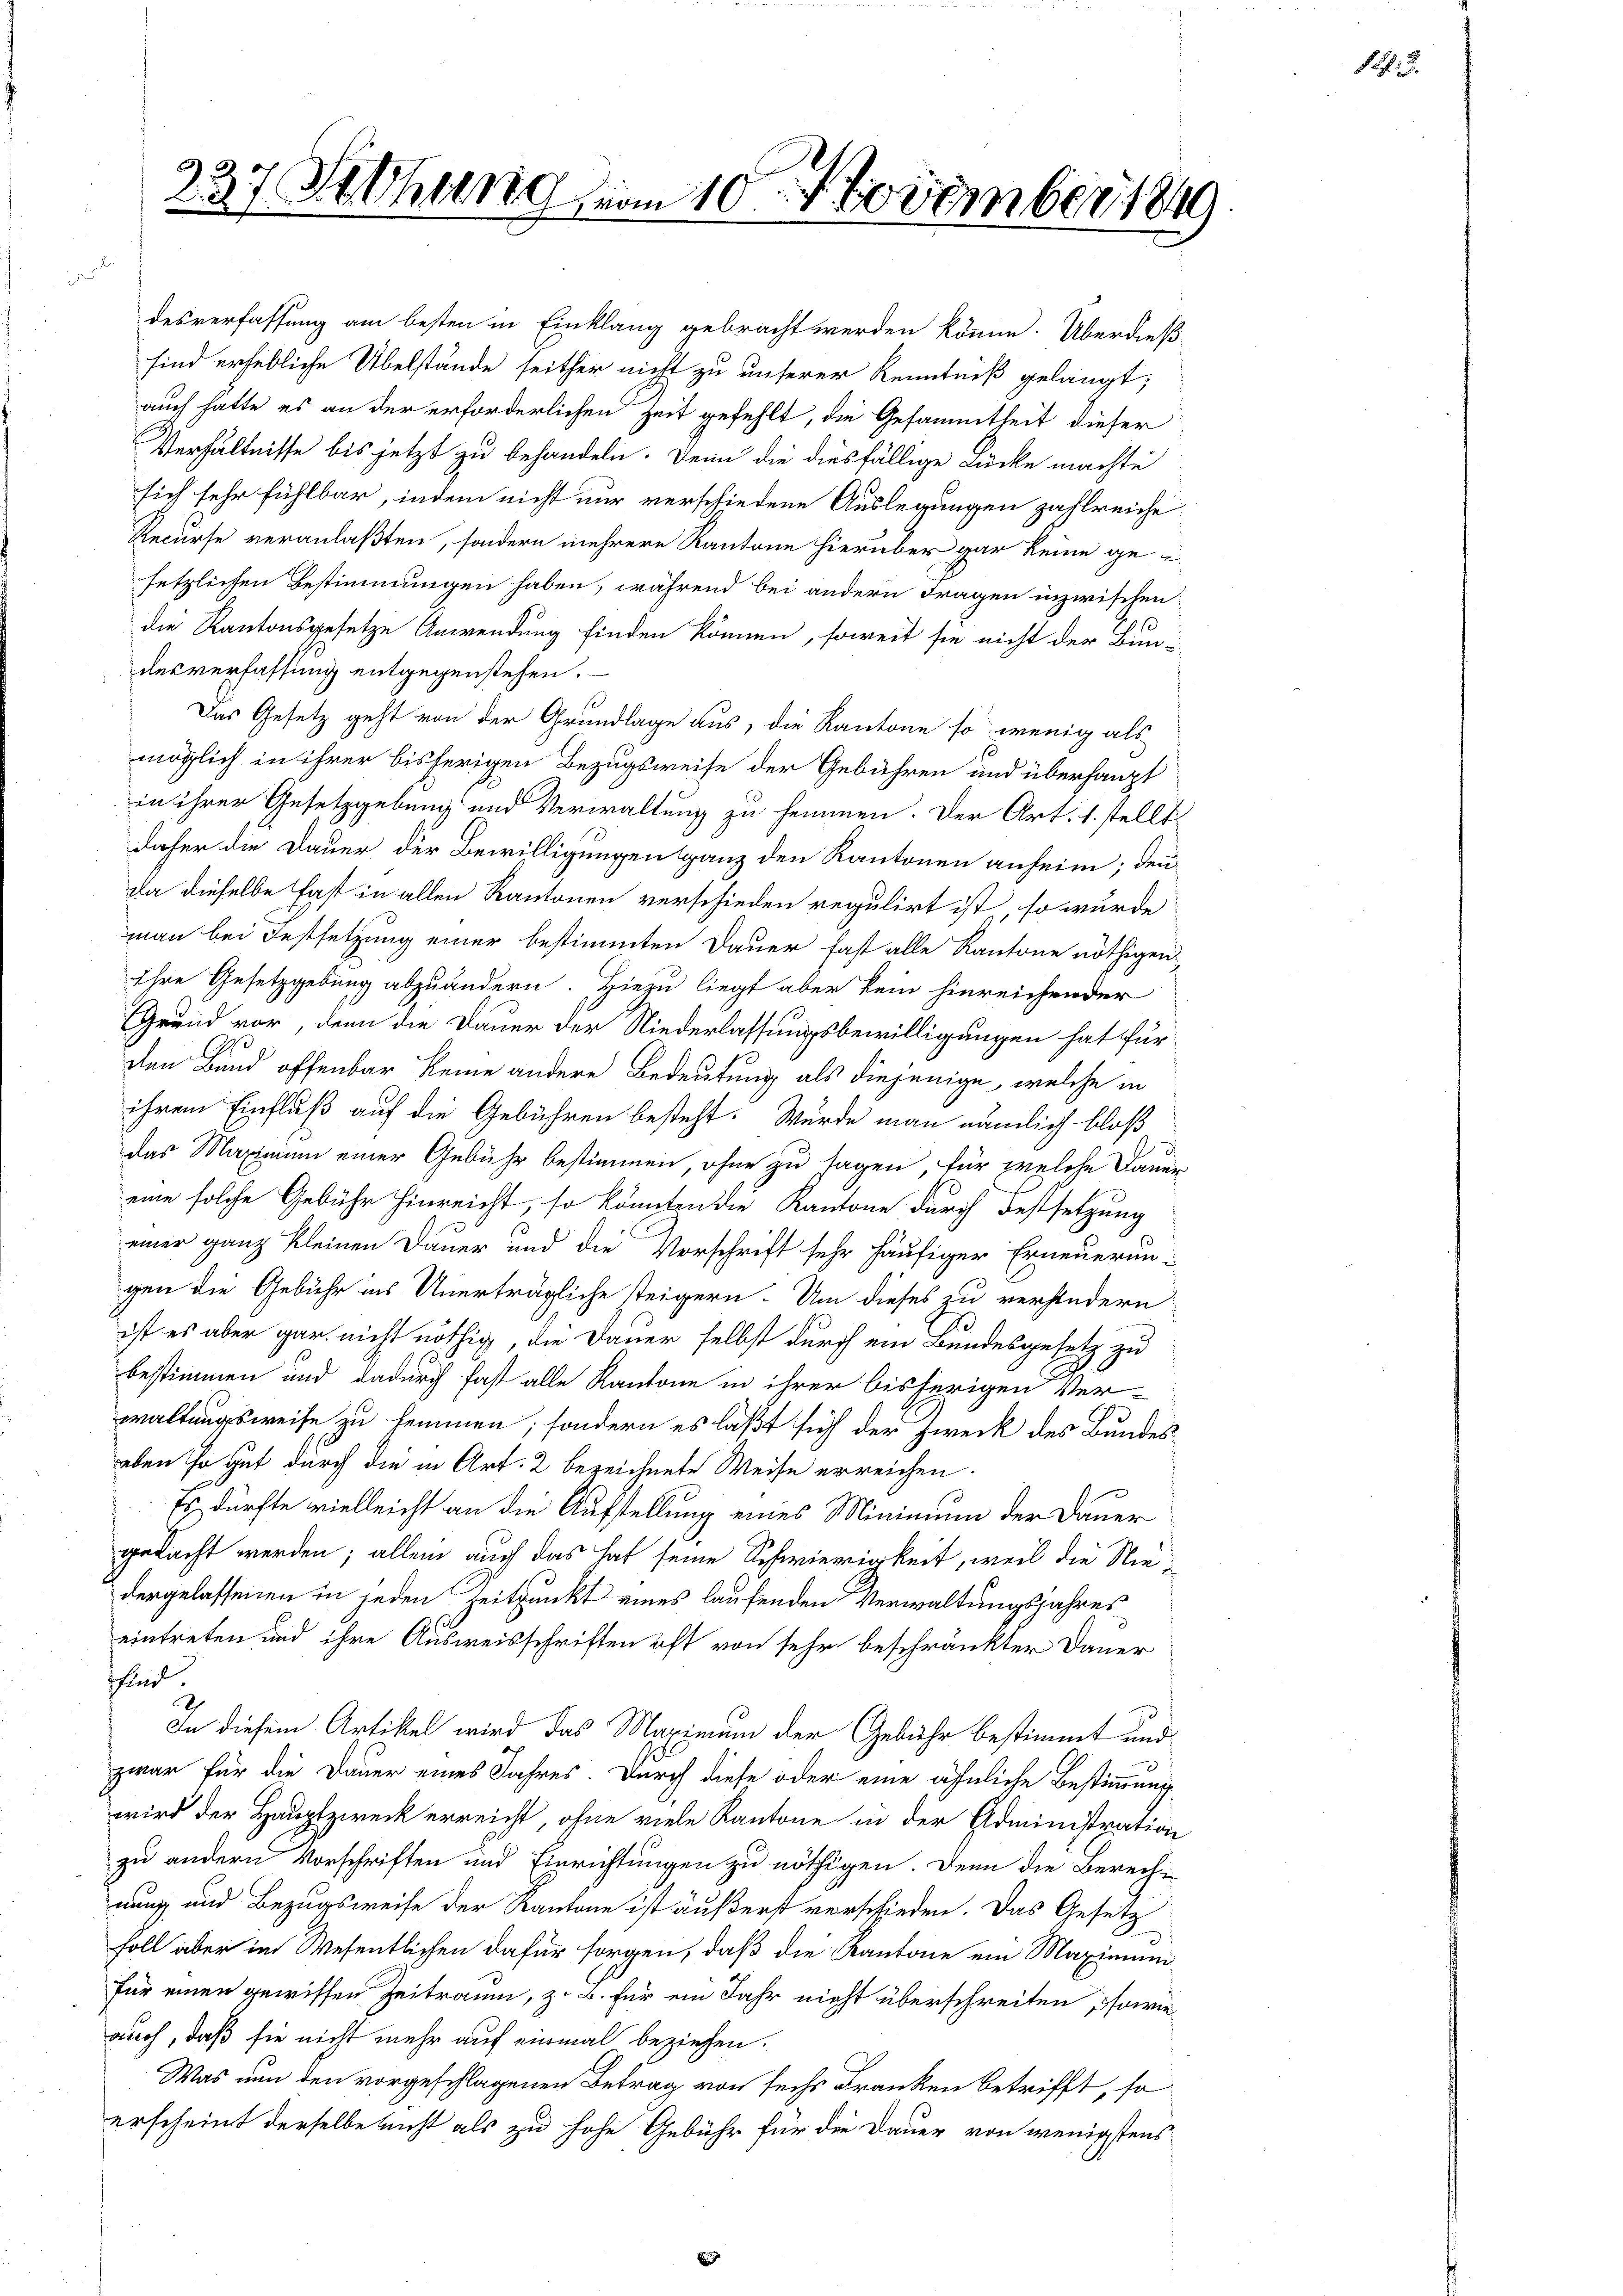
237 Schang vom 10. November 1849

d
Verhältnisse bis jetzt zu behandeln. Denn die diesfällige Lücke machte
sich sehr fühlbar, indem nicht nur verschiedene Auslegungen zahlreiche
Recurse veranlaßten, sondern mehrere Kantone hierüber gar keine geisetzlichen Bestimmungen haben, während bei andern Fragen inzwischen
die Kantonsgesetze Anwendung finden können, soweit sie nicht der Bun-
desverfassung entgegenstehen.
Das Gesetz geht von der Grundlage aus, die Kantone so wenig als
möglich in ihrer bisherigen Bezugsweise der Gebühren und überhaupt
in ihrer Gesetzgebung und Verwaltung zu hemmen. Der Art. 1. stellt
daher die Dauer der Bewilligungen ganz den Kantonen anheim; den
Da dieselbe fast in allen Kantonen verschieden regulirt ist, so wurde
man bei Festsetzung einer bestimmten Dauer fast alle Kantone nöthigen
Ihre Gesetzgebung abzuändern. Hiezu liegt aber kein hinreichender
Grund vor, denn die Dauer der Niederlassungsbewilligungen hat für
den Bund offenbar keine andere Bedeutung als diejenige, welche in
ihrem Einfluß auf die Gebühren besteht. Würde man nämlich bloß
d
das Maximum einer Gebühr bestimmen, ohne zu sagen, für welche Dauer
eine solche Gebühr hinreicht, so könnten die Kantone durch Festsetzung
einer ganz kleinen Dauer und die Vorschrift sehr häufiger Erneuerun-
gen die Gebühr ins Unerträgliche steigern. Um dieses zu verhindern
ist es aber gar nicht nöthig, die Dauer selbst durch ein Bundesgesetz zu
bestimmen und dadurch fast alle Kantone in ihrer bisherigen Ver-
waltungsweise zu kommen; sondern es läßt sich der Zweck des Bundeseben so gut durch die in Art. 2 bezeichnete Weise erreichen.
Es dürfte vielleicht an die Aufstellung eines Minimum der Dauer
gedacht werden; allein auch das hat seine Schwierigkeit, weil die Niedergelassenen in jeden Zeitpunkt eines laufenden Verwaltungsjahres
eintreten und ihre Ausweisschriften oft von sehr beschränkter Dauer
sfind
In diesem Artikel wird das Maximum der Gebühr bestimmt und
zwar für die Dauer eines Jahres. Durch diese oder eine ähnliche Bestimmung
wird der Hauptzweck erreicht, ohne viele Kantone in der Administration
zu andern Vorschriften und Einrichtungen zu nöthigen. Denn die Berech-
nung und Bezugsweise der Kantone ist äußerst verschieden. Das Gesetz
soll aber im Wesentlichen dafür sorgen, daß die Kantone ein Maximumifür einen gewissen Zeitraum, z. B. für ein Jahr nicht überschreiten, sowie
auch, daß sie nicht mehr auf einmal beziehen.
Was nun den vorgeschlagenen Betrag von sechs Franken betrifft, so
erscheint derselbe nicht als zu hohe Gebühr für die Dauer von wenigstens

desverfassung am besten in Einklang gebracht werden könne. Überdieß
sind erhebliche Übelstände seither nicht zu unserer Kenntniß gelangt;
auch hätte es an der erforderlichen Zeit gefehlt, die Gesammtheit dieser

§ 57. 3.